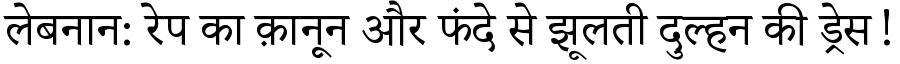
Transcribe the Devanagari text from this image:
लेबनान: रेप का क़ानून और फंदे से झूलती दुल्हन की ड्रेस!